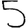
Digit: 5